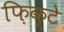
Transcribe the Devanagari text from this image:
फ़िक्टे